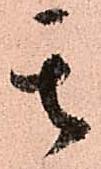
其